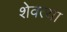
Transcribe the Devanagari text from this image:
शेवत्या